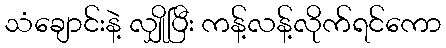
သံချောင်းနဲ့ လျှိုပြီး ကန့်လန့်လိုက်ရင်ကော